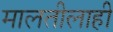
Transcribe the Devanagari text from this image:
मालतीलाही